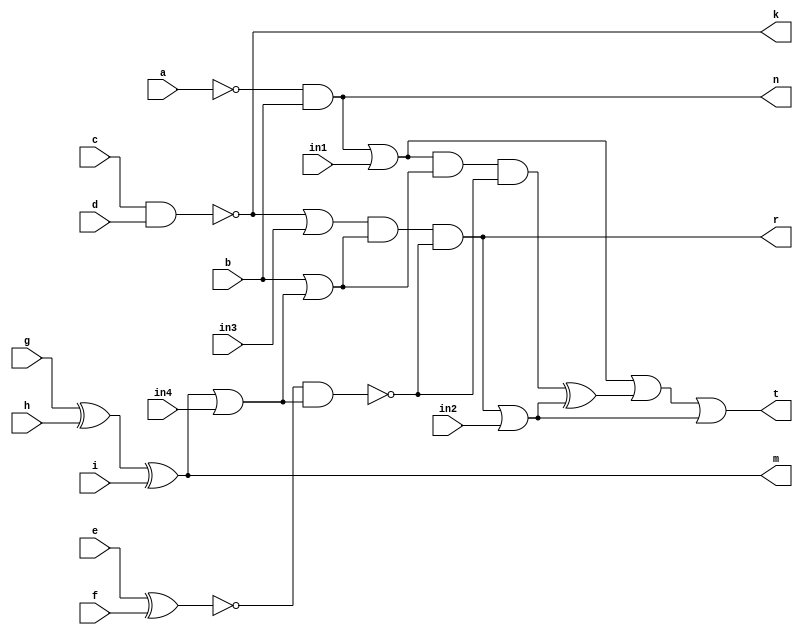
module orCircuit(a,b,c,d,e,f,g,h,i,in1,in2,in3,in4,t,n,r,k,m);

    input a,b,c,d,e,f,g,h,i,in1,in2,in3,in4;
    output t,k,m,n,r;

    wire j,k1,l,m1,n1,o,p,q,r1,s;

    not(j,a);
    nand(k,c,d);
    or(k1,k,in3);
    xnor(l,e,f);
    xor(m,g,h,i);
    or(m1,m,in4);
    and(n,j,b);
    or(n1,n,in1);
    or(o,b,m1);
    nand(p,l,m1);
    and(q,n1,o,p);
    and(r,k1,o,p);
    or(r1,r,in2);
    xor(s,q,r1);
    or(t,n1,s,r1);

endmodule